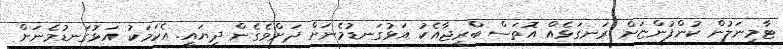
ޓާމިނަލުން ކުންފުންޏަށް ރަނގަޅެއް އޮތަސް ބްރިޖާއެކު އަޅުގަނޑުމެނަށް ދަށްވެގެން ދިޔައީ. އެކަމަކު އަޅުގަނޑުމެނަށް